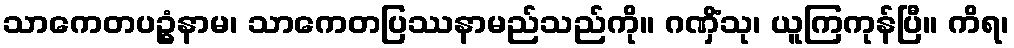
သာကေတပဥ္ဓံနာမ၊ သာကေတပြဿနာမည်သည်ကို။ ဂဏှိံသု၊ ယူကြကုန်ပြီ။ ကိရ၊